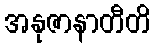
အနုဇာနာတီတိ